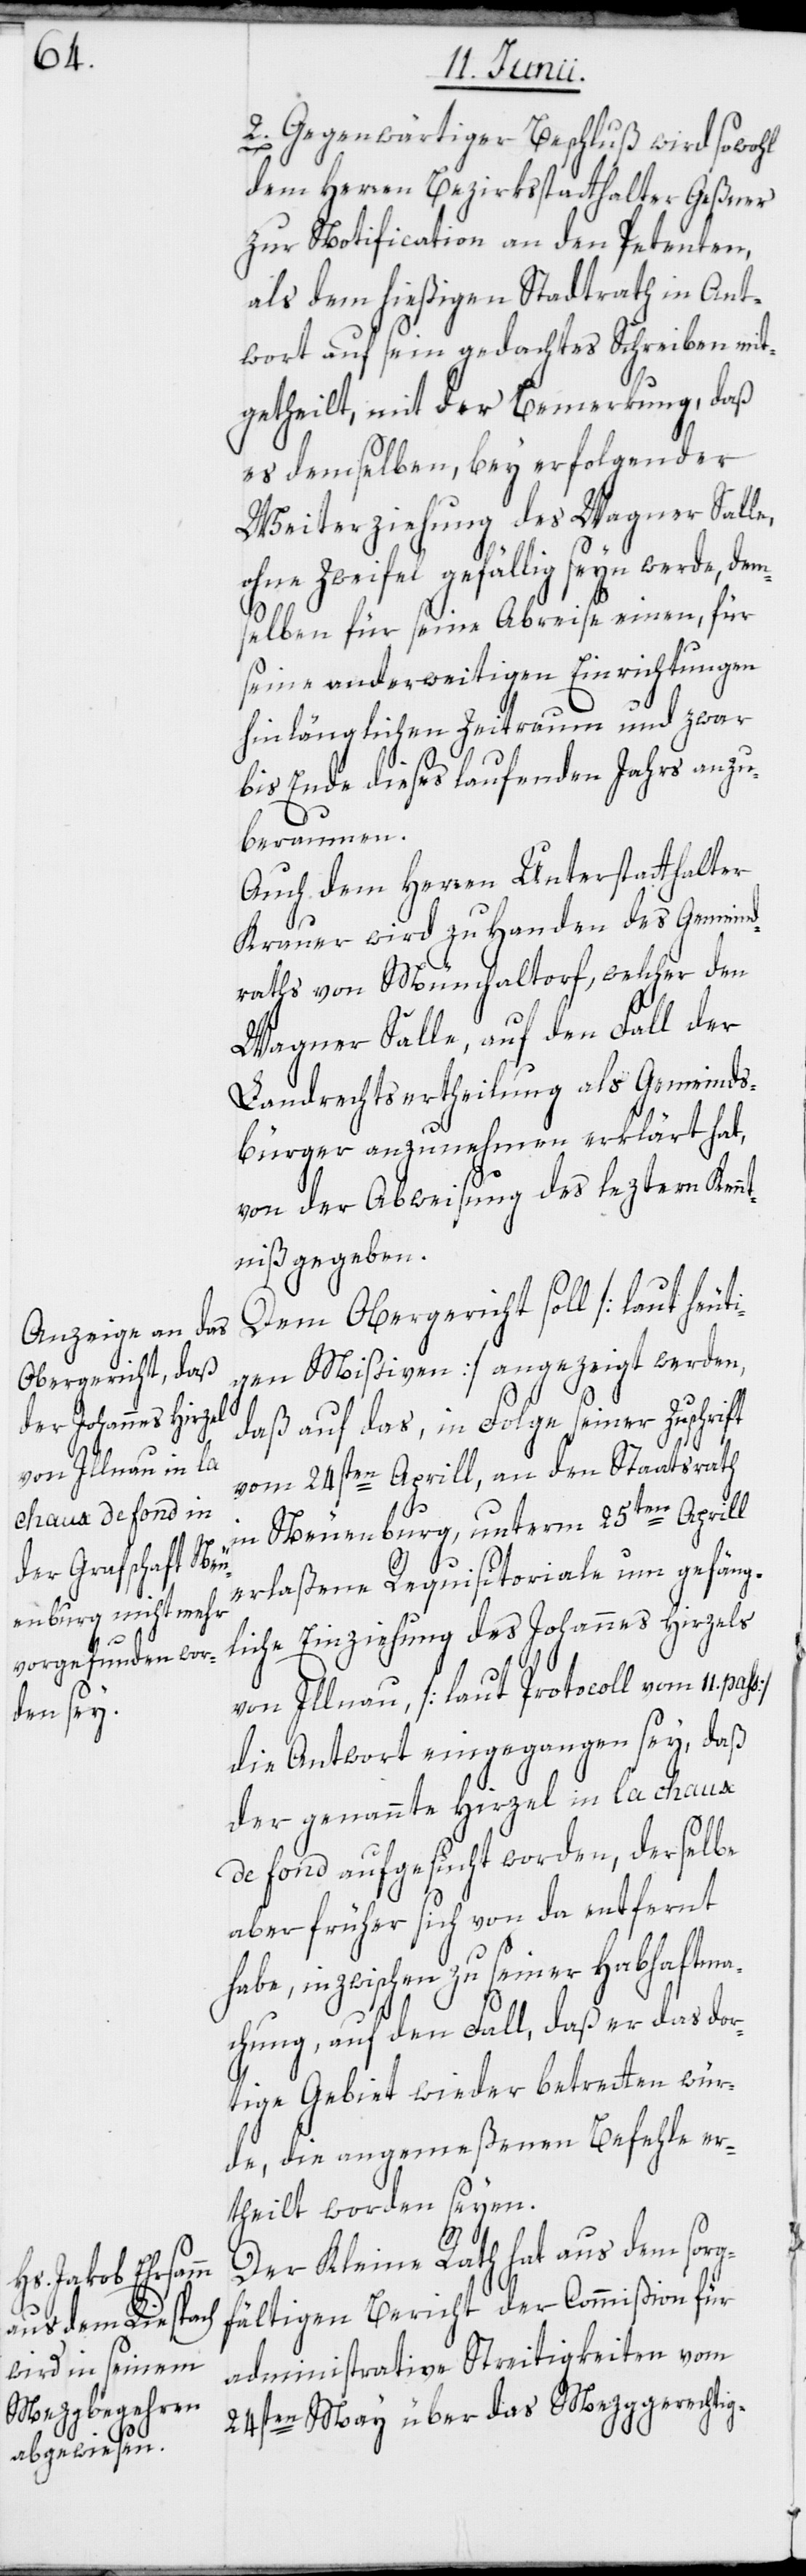
2. Gegenwärtiger Beschluß wird sowohl
dem Herren Bezirksstatthalter Geßner
zur Notification an den Petenten,
als dem hießigen Stadtrath in Ant¬
wort auf sein gedachtes Schreiben mit¬
getheilt, mit der Bemerkung, daß
es demselben, bey erfolgender
Weiterziehung des Wagner Salle,
ohne Zweifel gefällig seyn werde, dem¬
selben für seine Abreise einen, für
seine anderweitigen Einrichtungen
hinlänglichen Zeitraum und zwar
bis Ende dieses laufenden Jahrs anzu¬
beraumen.
Auch dem Herren Unterstatthalter
Krauer wird zu Handen des Gemeind¬
raths von Münchaltorf, welcher den
Wagner Salle, auf den Fall der
Landrechtsertheilung als Gemeinds¬
bürger anzunehmen erklärt hat,
von der Abweisung des leztern Kennt¬
niß gegeben.
Dem Obergericht soll [laut heuti¬
gen Mißiven] angezeigt werden,
daß auf das, in Folge seiner Zuschrift
vom 24sten Aprill, an den Staatsrath
in Neuenburg, unterm 25ten Aprill
erlaßene Requisitoriale um gefäng¬
liche Einziehung des Johannes Hirzels
von Illnau, [laut Protocoll vom 11. pass]
die Antwort eingegangen sey, daß
der genannte Hirzel in la chaux
de fond aufgesucht worden, derselbe
aber früher sich von da entfernt
habe, inzwischen zu seiner Habhaftma¬
chung, auf den Fall, daß er das dor¬
tige Gebiet wieder betretten wür¬
de, die angemeßenen Befehle er¬
theilt worden seyen.
Der Kleine Rath hat aus dem sorg¬
fältigen Bericht der Commißion für
administrative Streitigkeiten vom
24sten May über das Mezggerechtig-